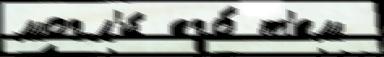
могл'и́ его́ т'ем